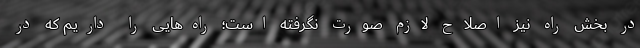
در بخش راه نیز اصلاح لازم صورت نگرفته است؛ راه‌هایی را داریم که در